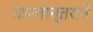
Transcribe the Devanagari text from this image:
कालान्तराने